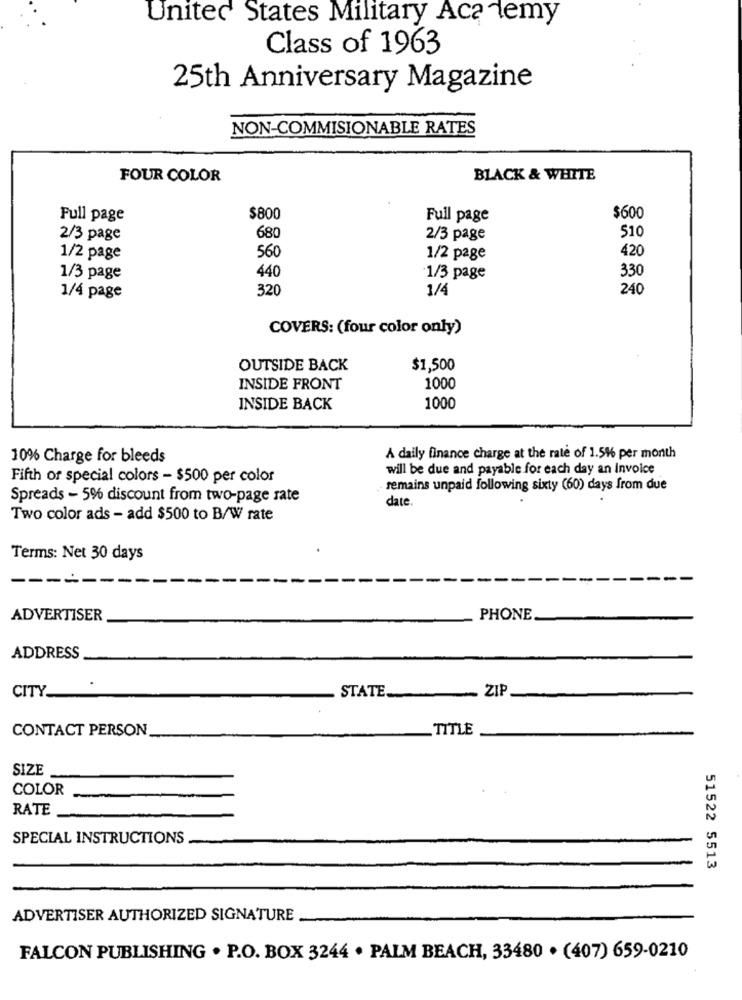
United States Military Academy
Class of 1963
25th Anniversary Magazine
NON-COMMISIONABLE RATES
FOUR COLOR
BLACK & WHITE
Full page
$800
Full page
$600
$10
2/3 page
680
2/3 page
420
1/2 page
560
1/2 page
330
1/3 page
440
1/3 page
320
1/4
240
1/4 page
COVERS: (four color only)
OUTSIDE BACK
$1,500
INSIDE FRONT
1000
INSIDE BACK
1000
10% Charge for bleeds
A daily finance charge at the rate of 1.5% per month
will be due and payable for each day an Invoice
Fifth or special colors - $500 per color
remains unpaid following sixty (60) days from due
Spreads - 5% discount from two-page rate
date.
Two color ads - add $500 to B/W rate
Terms: Net 30 days
----
ADVERTISER
PHONE
ADDRESS
CITY
STATE
ZIP
CONTACT PERSON
_ TITLE
SIZE
COLOR
RATE
SPECIAL INSTRUCTIONS
51522 5513
ADVERTISER AUTHORIZED SIGNATURE
FALCON PUBLISHING . P.O. BOX 3244 . PALM BEACH, 33480 . (407) 659-0210